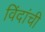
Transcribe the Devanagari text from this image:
विंदांची